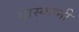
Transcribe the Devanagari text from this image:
यास्कांनी